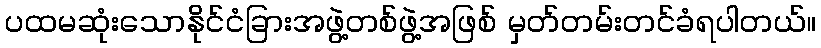
ပထမဆုံးသောနိုင်ငံခြားအဖွဲ့တစ်ဖွဲ့အဖြစ် မှတ်တမ်းတင်ခံရပါတယ်။